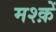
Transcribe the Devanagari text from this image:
मश्क़ें